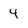
Character: 4